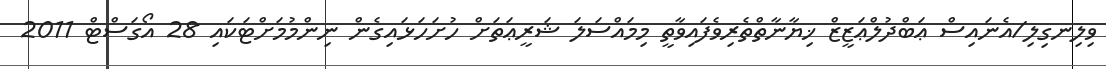
ވިލިނގިލި/އެނައިސް ޢަބްދުލްޢަޒީޒް ޚިޔާނާތްތެރިވެފައިވާތީ މިމައްސަލަ ޝަރީޢަތަށް ހުށަހަޅައިގެން ނިންމުމަށްޓަކައި 28 އޯގަސްޓް 2011